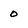
Character: 0